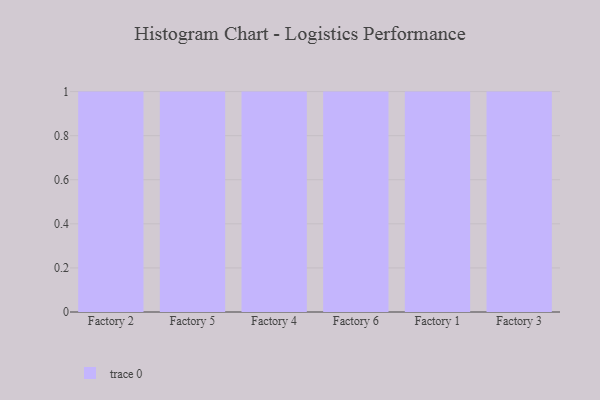
{"axis": {"x": "Factory", "y": "Shipments"}, "legend": [""], "data": [{"x": "Factory 2", "y": 44, "type": ""}, {"x": "Factory 5", "y": 45, "type": ""}, {"x": "Factory 4", "y": 64, "type": ""}, {"x": "Factory 6", "y": 18, "type": ""}, {"x": "Factory 1", "y": 29, "type": ""}, {"x": "Factory 3", "y": 36, "type": ""}]}